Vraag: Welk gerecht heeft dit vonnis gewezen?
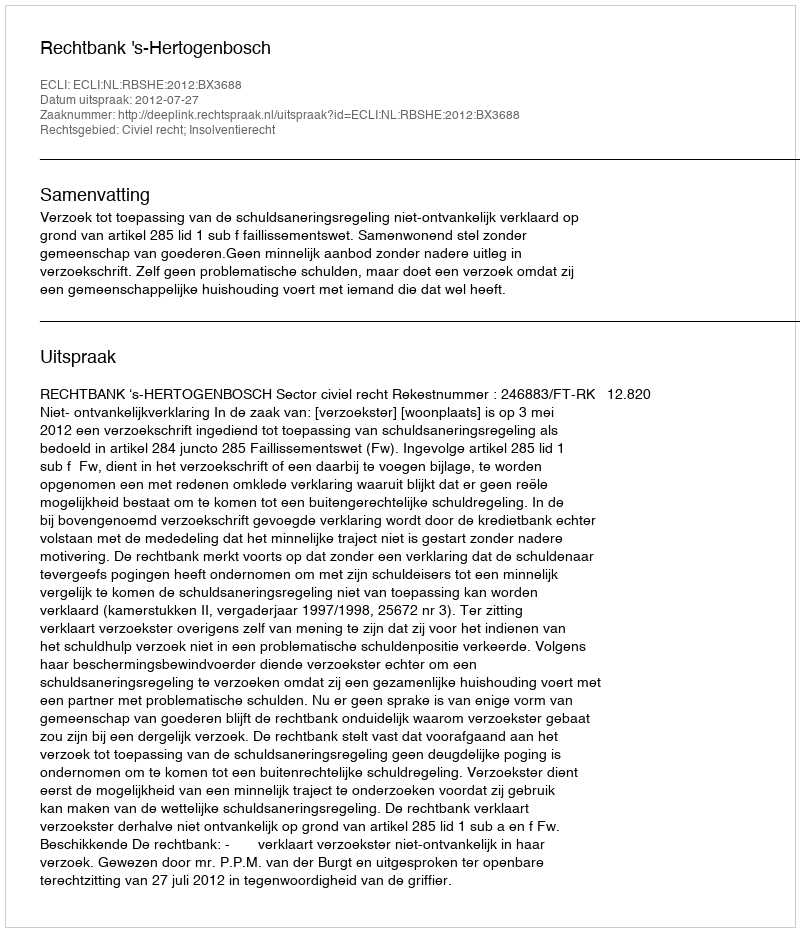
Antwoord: Rechtbank 's-Hertogenbosch